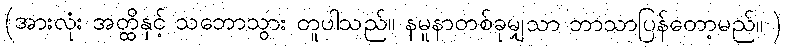
(အားလုံး အတ္ထိနှင့် သဘောသွား တူပါသည်။ နမူနာတစ်ခုမျှသာ ဘာသာပြန်တော့မည်။ )